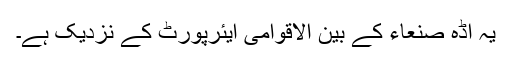
یہ اڈہ صنعاء کے بین الاقوامی ایئرپورٹ کے نزدیک ہے۔